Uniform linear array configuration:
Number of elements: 48
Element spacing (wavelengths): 0.25
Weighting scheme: blackman
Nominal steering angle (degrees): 15
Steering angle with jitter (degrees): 13.46
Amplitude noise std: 0.05
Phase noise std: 0.05

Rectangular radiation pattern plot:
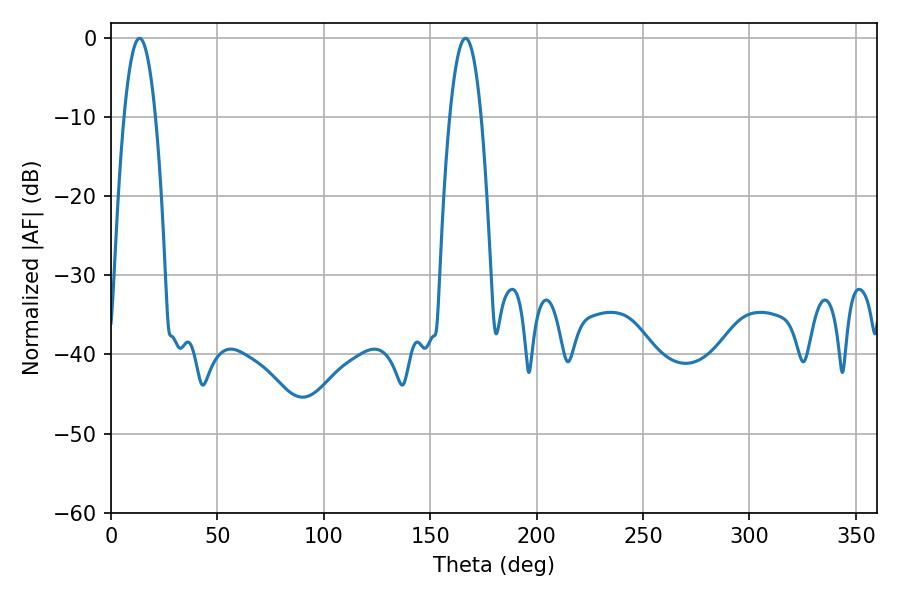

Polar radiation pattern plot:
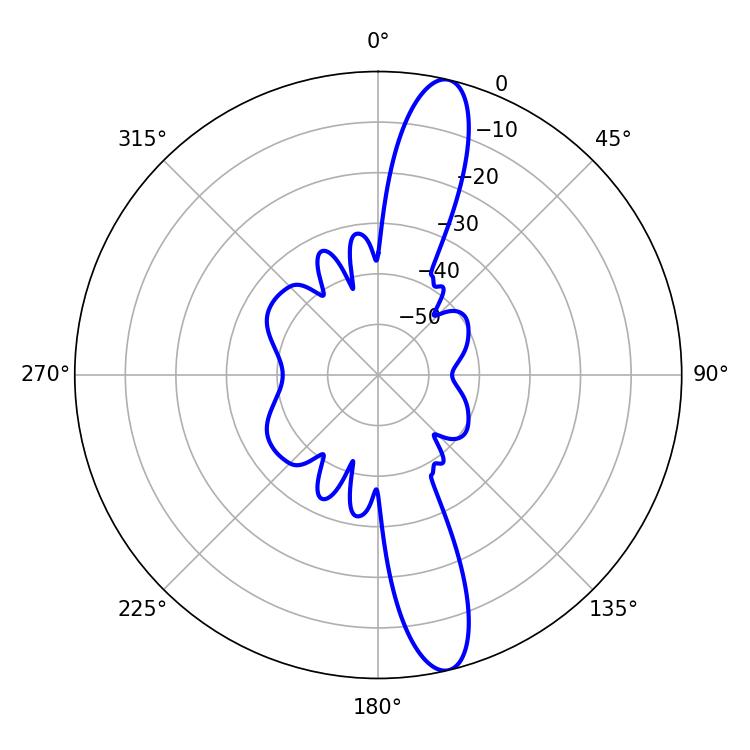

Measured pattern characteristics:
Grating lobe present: FALSE
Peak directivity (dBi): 14.521
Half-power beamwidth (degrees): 8.1
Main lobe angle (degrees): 13.32